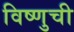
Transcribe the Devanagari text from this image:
विष्णुची